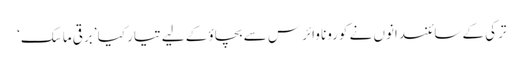
ترکی کے سائنسدانوں نے کورونا وائرس سے بچاؤ کے لیے تیار کیا ’برقی ماسک‘